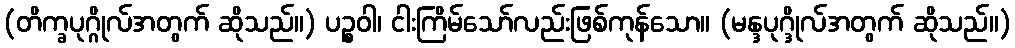
(တိက္ခပုဂ္ဂိုလ်အတွက် ဆိုသည်။) ပဉ္စဝါ၊ ငါးကြိမ်သော်လည်းဖြစ်ကုန်သော။ (မန္ဒပုဂ္ဒိုလ်အတွက် ဆိုသည်။)